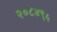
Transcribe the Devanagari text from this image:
२०८४९५